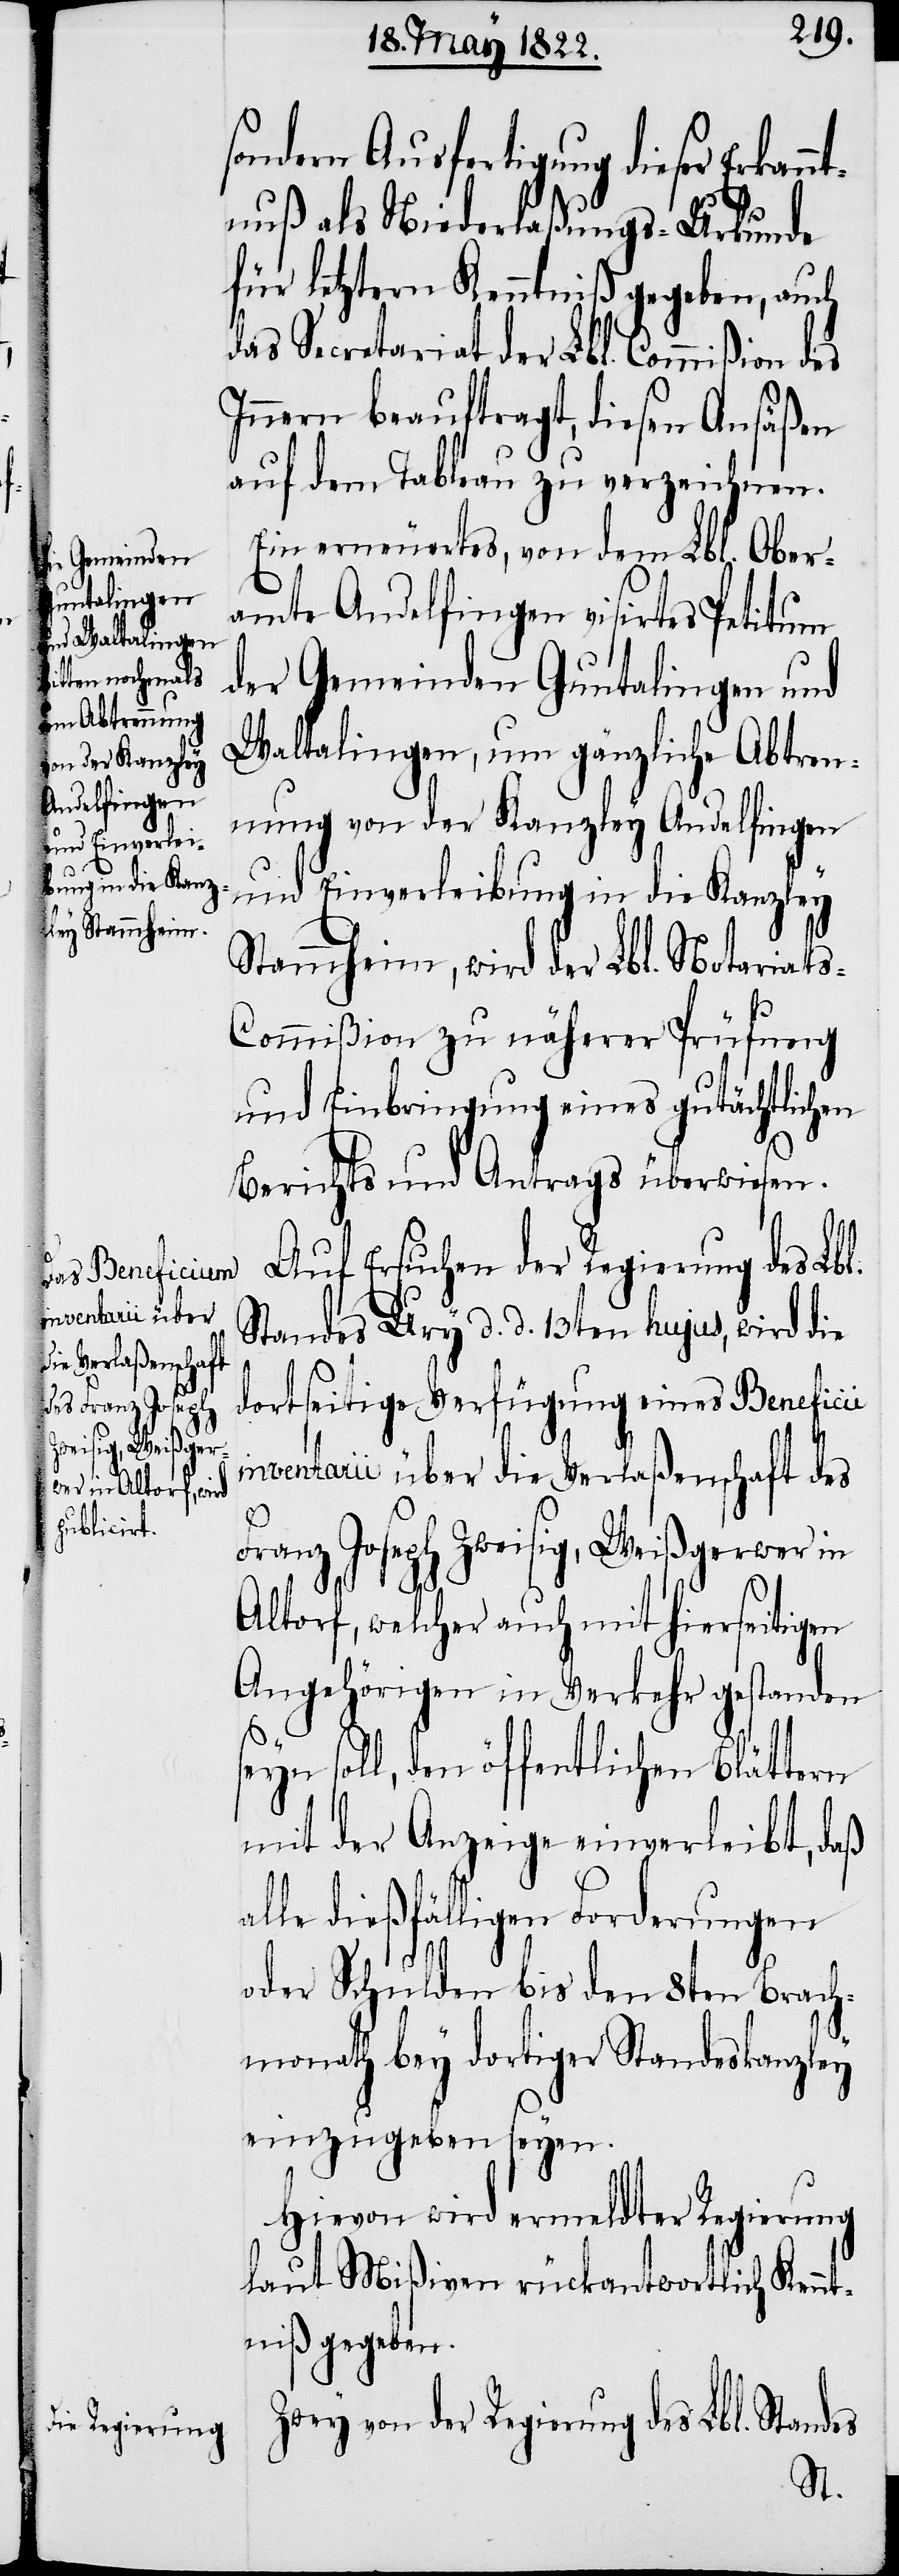
sondern Ausfertigung dieser Erkan¬
ntnuß als Niederlaßungs-Urkunde
für letztern Kenntniß gegeben, auch
das Secretariat der Lbl. Commißion des
Innern beauftragt, diesen Ansäßen
auf dem Tableau zu verzeichnen.
Ein erneuertes, von dem Lbl. Ober¬
amte Andelfingen visirtes Petitum
der Gemeinden Guntalingen und
Waltalingen, um gänzliche Abtren¬
nung von der Kanzley Andelfingen
und Einverleibung in die Kanzley
Stammheim, wird der Lbl. Notariat¬
s-Commißion zu näherer Prüfung
und Einbringung eines gutächtlichen
Berichts und Antrags überwiesen.
Auf Ersuchen der Regierung des Lbl.
Standes Ury d. d. 13ten hujus, wird die
dortseitige Verfügung eines Beneficii
inventarii über die Verlaßenschaft des
Franz Joseph Zweisig, Weißgerwer in
Altorf, welcher auch mit hierseitigen
Angehörigen in Verkehr gestanden
seyn soll, den öffentlichen Blättern
mit der Anzeige einverleibt, daß
alle dießfälligen Forderungen
oder Schulden bis den 8ten Brach¬
monath bey dortiger Standeskanzley
einzugeben seyen.
Hievon wird ermeldter Regierung
laut Mißiven rückantwortlich Kennt¬
niß gegeben.
Zwey von der Regierung des Lbl. Standes